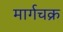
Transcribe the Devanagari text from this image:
मार्गचक्र